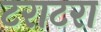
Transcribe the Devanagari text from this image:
टराटरा